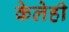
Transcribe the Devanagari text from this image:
केलेही